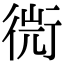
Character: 𧗬